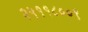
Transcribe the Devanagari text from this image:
२५११८००९